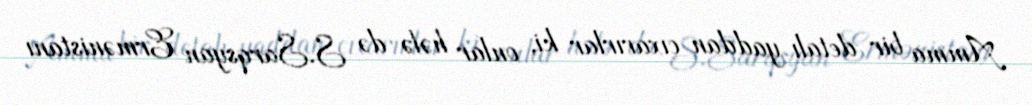
Amma bir detalı yaddan çıxarırlar ki, onlar hələ də S.Sarqsyan Ermənistanı